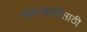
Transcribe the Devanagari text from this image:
वाटाघाटींसाठी